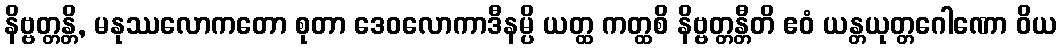
နိဗ္ဗတ္တန္တိ, မနုဿလောကတော စုတာ ဒေဝလောကာဒီနမ္ပိ ယတ္ထ ကတ္ထစိ နိဗ္ဗတ္တန္တီတိ ဧဝံ ယန္တယုတ္တဂေါဏော ဝိယ